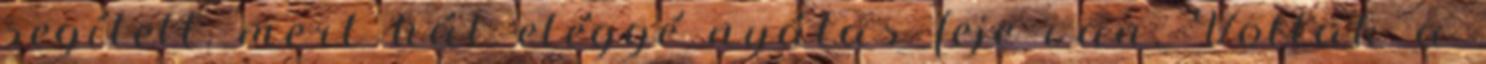
segített, mert hát eléggé nyálas feje van. Voltak a